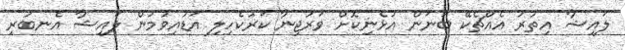
ލައިޝާ އިތުރު އެއްޗެކޭ ބުނަން އުޅެނިކޮށް ވަރުޖިނާ ކަރުކެހިލި އަޑުއިވުމުން ލައިޝާ އެނބުރި